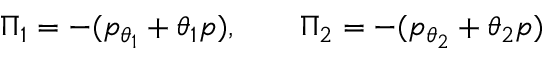
\Pi _ { 1 } = - ( p _ { \theta _ { 1 } } + \theta _ { 1 } p ) , \qquad \Pi _ { 2 } = - ( p _ { \theta _ { 2 } } + \theta _ { 2 } p )